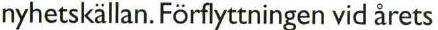
nyhetskallan. Förflyttningen vid årets